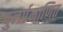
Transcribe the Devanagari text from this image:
पुनर्प्रमाणित